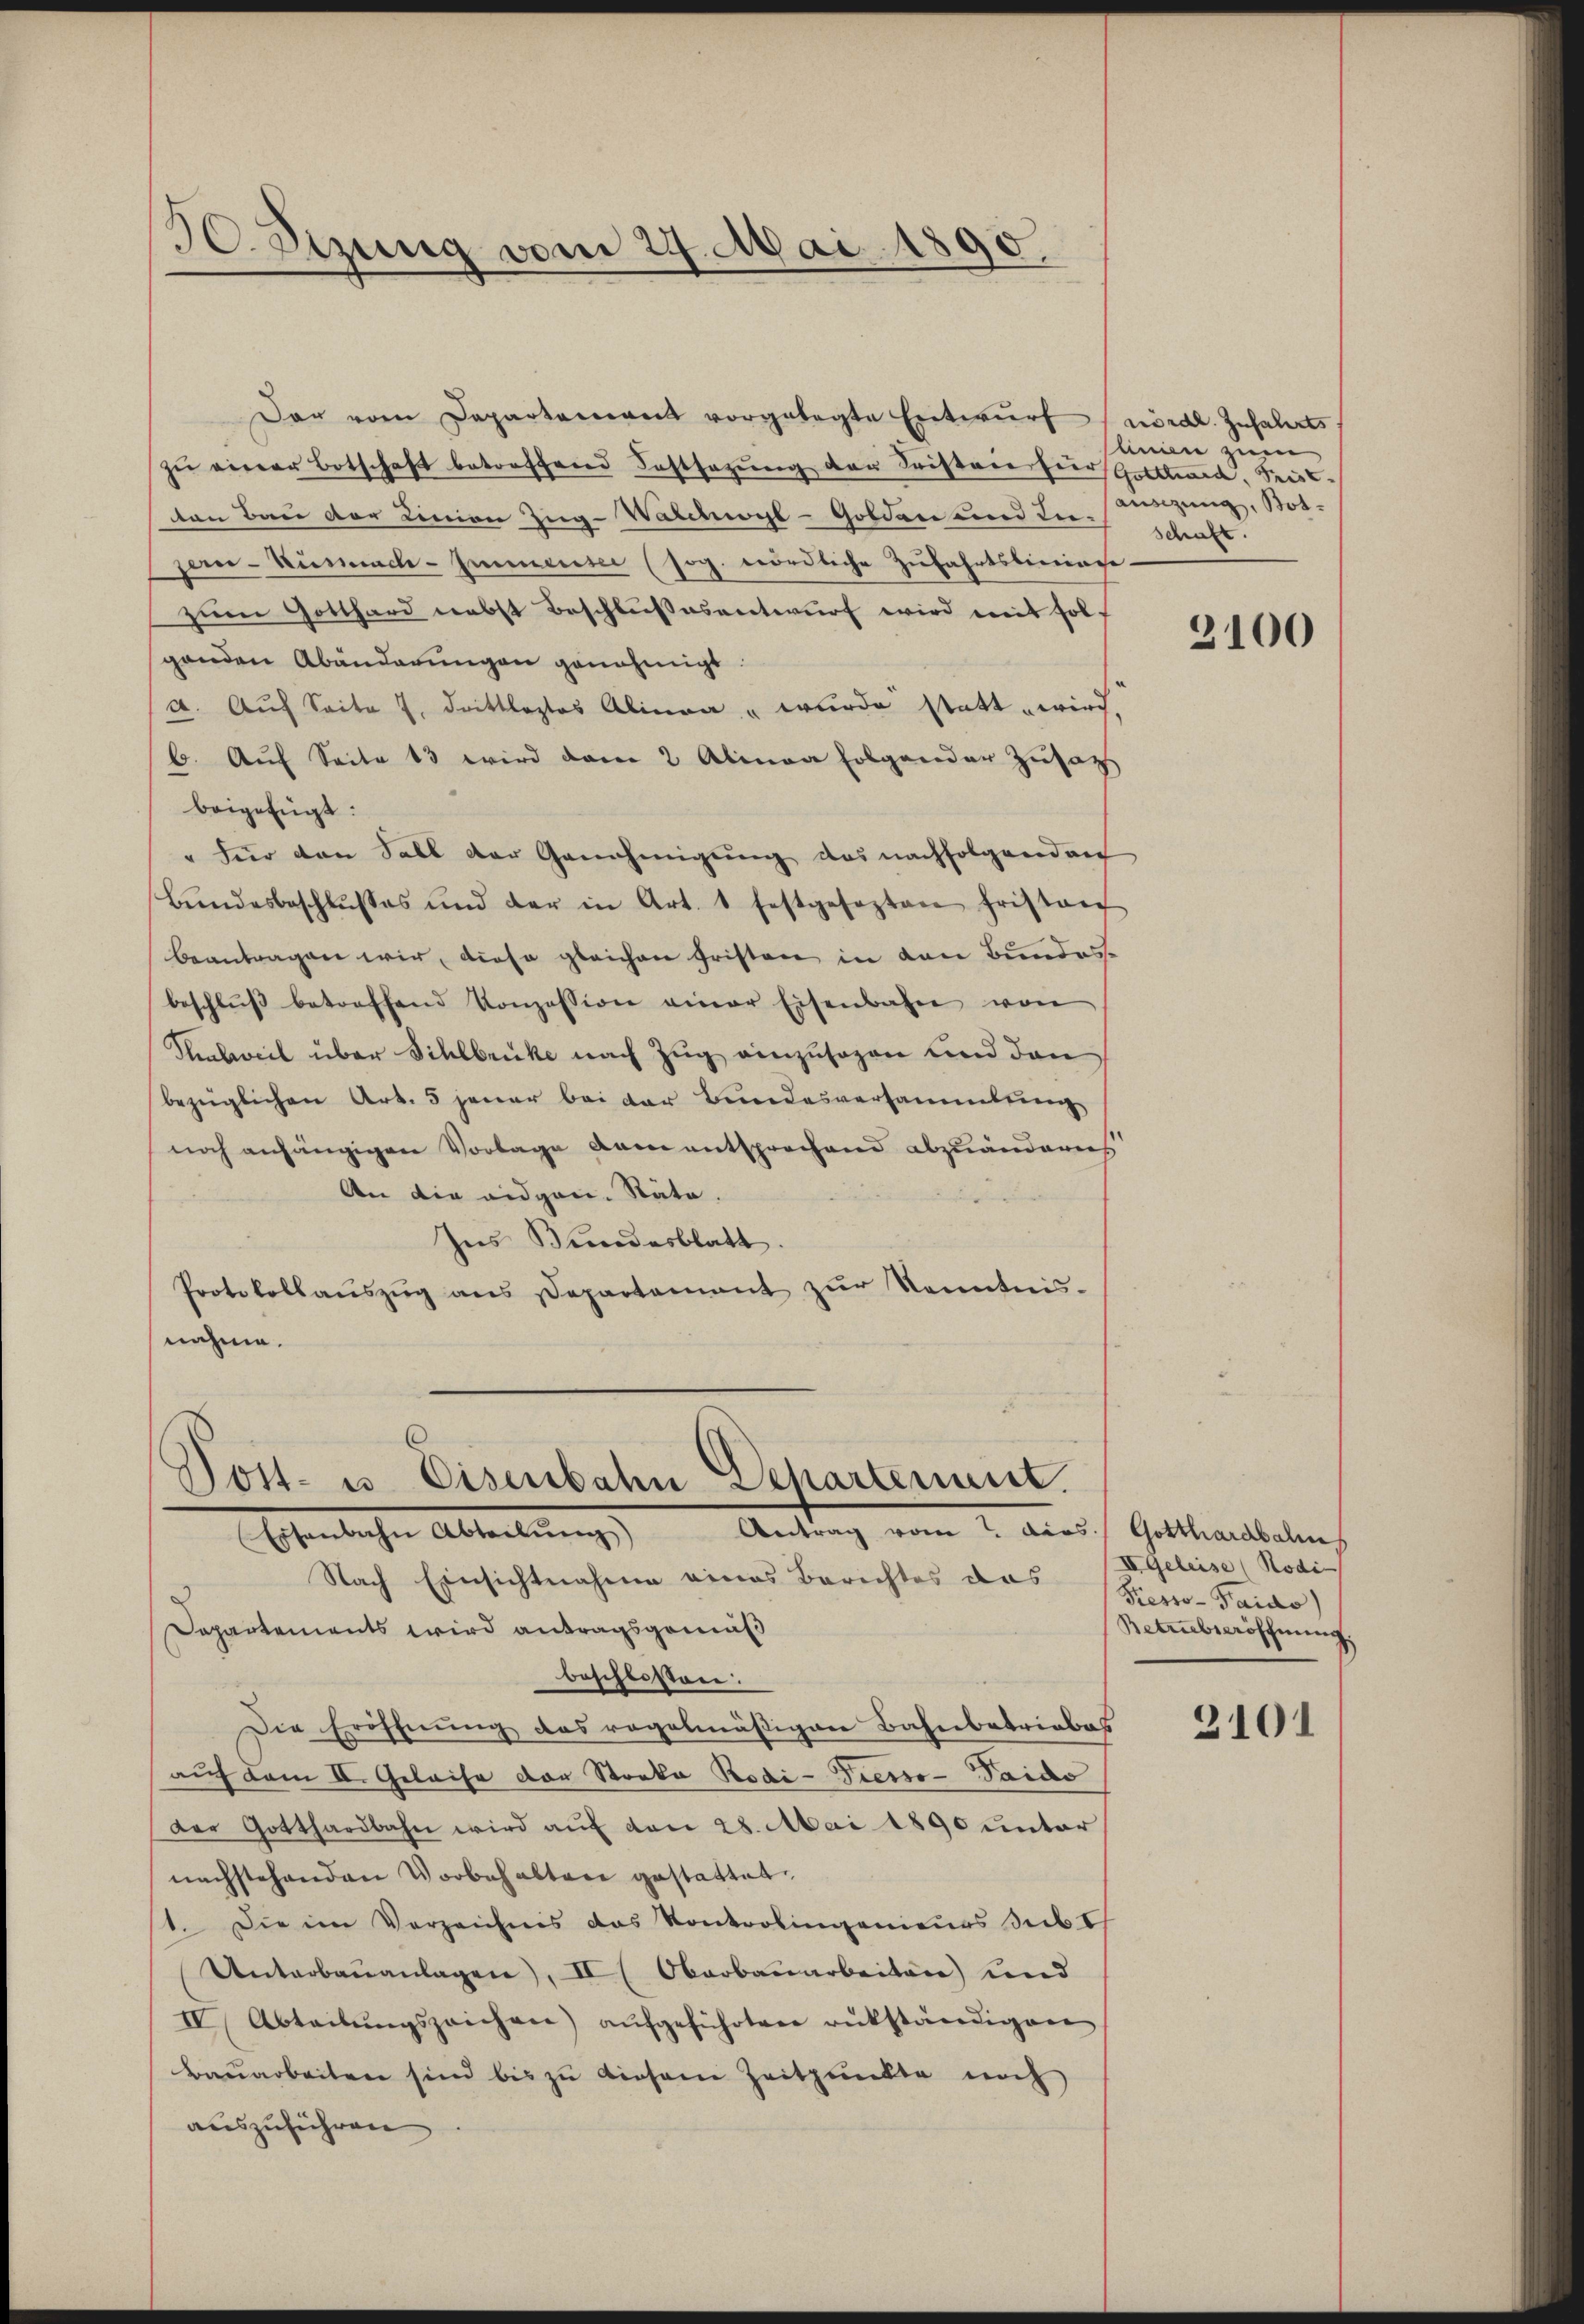
30. Sizung vom 24. Mai 1890.

Dar vom Departement vorgelegte Entwŭrf (nördl. Zuhälerts
zŭ einer Botschaft betreffend Festsezŭng der Fristvier hier Gotthard, Seit
ton Bau der Linien Zug-Walchwyl-Golden und der schaft.
jern-Küsnach-Immensee (sog. nördliche Zufahrtsberinge
zum Gotthard nebst Beschlußesentwurf wird mit solgenden Abänderungen genehmigt.
a. Auf Seite J. drittleztes Alinea " wurde statt wird.
6. Aŭf Seite 13 wird vom 2 Alinea folgender Zŭsatz
beigefügt:
" für den Soll der Genehmigŭng das nachfolgenden
Bŭndesbeschlŭsses und der in Art. 1 festgesezten fristan
beantragen wir, diese gleichen Fristen in den Bundesbeschlŭβ betreffend Konzession einer Eisenbahn von
Thalweil über Sihlbrücke nach Zug einzusagen und den
bezüglichen Art. 5 jener bei der Bundesversammlung
noch anhängigen Vorlage dem entsprechend abzuänderes
An die eidgen. Räte.
Ins Bundesblatt.
Protokollaŭszŭg ans Departement zŭr Kenntnis-
nahme.

Dost- u Eisenbahn Departement
Antrag vom 7. dies Gotthardbahn
Ahnlichen Abteilung

Nach Einsichtnahme eines Berichtes das Bierro-Faido)
3
Departements wird antragsgomniß
beschlossen:
Die Eröffnung des regelmäßigen Bahnbetriebes
auf dem II. Geleise von Streka Rodi-Tresso-Taido
Der Gotthardbahn wird auf den 28. Mai 1890 unter
nachstehenden Vorbehalten gestattet
1. Die im Verzeichnis das Kontrolingenieurs sub t
Unterbaŭanlagen), II Oberbauarbeiten) und
IV. Abteilŭngszeichen) aŭfgeführten rükständigen
Bauarbeiten sind bis zu dieser Zeitpunkte noch
auszuführen

linien zum
ausung, Bot¬

3100

II geleise Kodi-
Betriebseröffnung.

2101